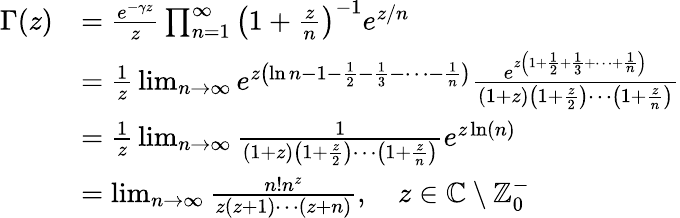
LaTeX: {\begin{array}{rl}{\Gamma(z)}&{={\frac{e^{-\gamma z}}{z}}\prod_{n=1}^{\infty}\left(1+{\frac{z}{n}}\right)^{-1}e^{z/n}}\\ &{={\frac{1}{z}}\operatorname*{lim}_{n\to\infty}e^{z\left(\ln n-1-{\frac{1}{2}}-{\frac{1}{3}}-\cdots-{\frac{1}{n}}\right)}{\frac{e^{z\left(1+{\frac{1}{2}}+{\frac{1}{3}}+\cdots+{\frac{1}{n}}\right)}}{\left(1+z\right)\left(1+{\frac{z}{2}}\right)\cdots\left(1+{\frac{z}{n}}\right)}}}\\ &{={\frac{1}{z}}\operatorname*{lim}_{n\to\infty}{\frac{1}{\left(1+z\right)\left(1+{\frac{z}{2}}\right)\cdots\left(1+{\frac{z}{n}}\right)}}e^{z\ln\left(n\right)}}\\ &{=\operatorname*{lim}_{n\to\infty}{\frac{n!n^{z}}{z(z+1)\cdots(z+n)}},\quad z\in\mathbb{C}\setminus\mathbb{Z}_{0}^{-}}\end{array}}